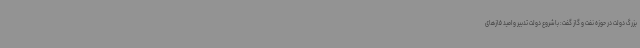
بزرگ دولت در حوزه نفت و گاز گفت: با شروع دولت تدبیر و امید فازهای